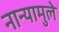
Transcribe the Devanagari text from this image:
नान्यामुले